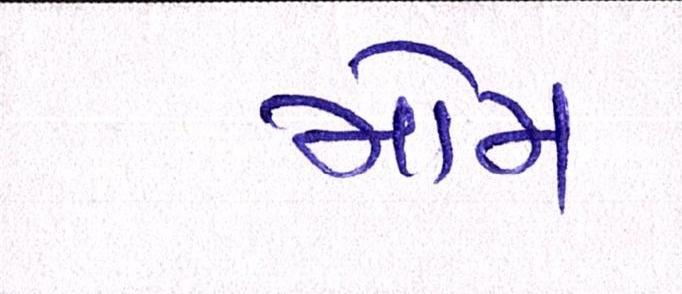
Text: મોમ